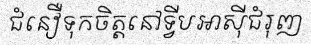
ជំនឿទុកចិត្តនៅទ្វីបអាស៊ីជំរុញ